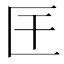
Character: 𭅖